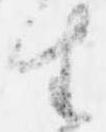
生